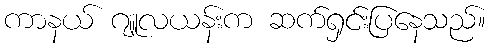
ကာနယ် ဂျူလယန်းက ဆက်ရှင်းပြနေသည်။